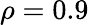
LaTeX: \rho=0.9